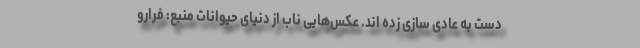
دست به عادی سازی زده اند. عکس‌هایی ناب از دنیای حیوانات منبع: فرارو